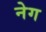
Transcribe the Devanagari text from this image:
नेग